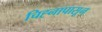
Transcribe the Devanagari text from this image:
चिह्नापासून